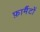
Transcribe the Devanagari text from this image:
फ़ार्मैटों